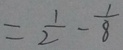
= \frac { 1 } { 2 } - \frac { 1 } { 8 }